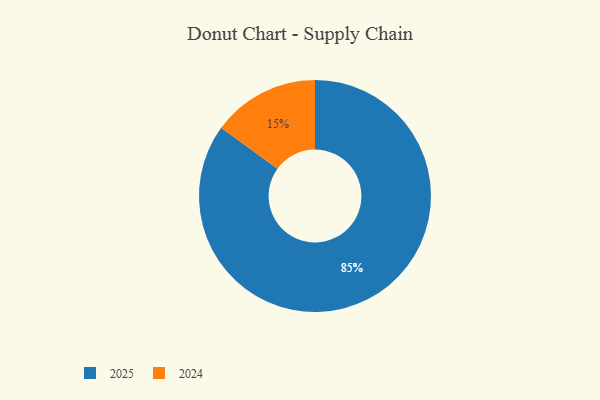
{"axis": {"x": "Category", "y": "Percentage"}, "legend": ["2024", "2025"], "data": [{"x": "2025", "y": 85, "type": "2025"}, {"x": "2024", "y": 15, "type": "2024"}]}